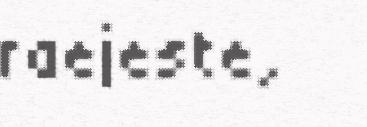
raejeste,